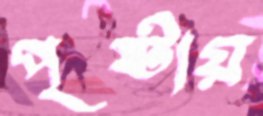
পৃষ্টায়